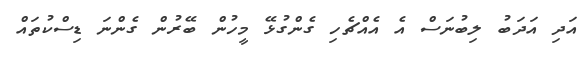
އަދި އަދަބު ލިބުނަސް އެ އެއްޗެހި ގެންގުޅޭ މީހުން ބޭރުން ގެންނަ ޑިސްކުތައް